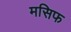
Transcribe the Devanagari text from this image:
मसिफ